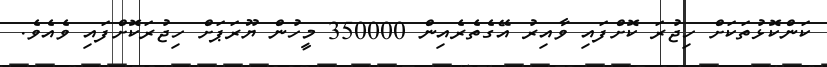
ކަންކޮޅުތަކަށް ހިޖުރަ ކޮށްފައި ވާއިރު އޭގެތެރެއިން 350000 މީހުން ޔޫރަޕަށް ހިޖުރަކޮށްފައި ވެއެވެ.